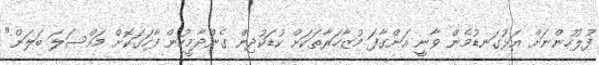
ފުލުހުންނަށް އަޅުގަނޑުމެން ވާނީ އަންގާފަ މުޒާހަރާތަކަށް ކުޑަކުދިން ގެންދާމީހުން ފާހަގަކޮށް މައްސަލަ ބަލަން"